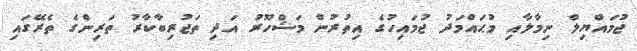
ޖުމައްޔިލް ނިމާލާއި މުޙައްމަދު ޖުމައިހުގެ އިތުރުން މަޝްހޫރު އަދި ތަޖުރިބާކާރު ތަރިންގެ ތެރޭގައި